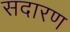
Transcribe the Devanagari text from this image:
सदारण